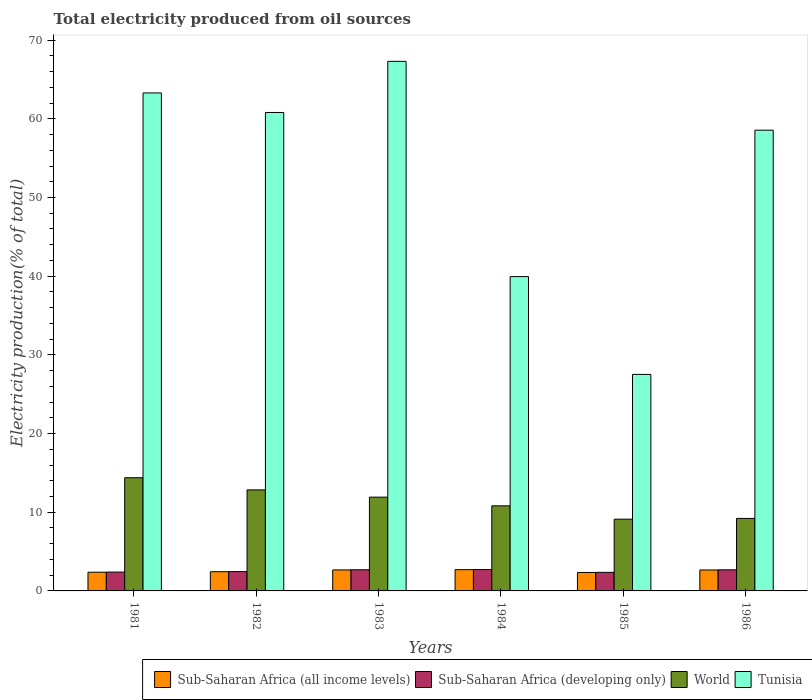
| Years | Sub-Saharan Africa (all income levels) | Sub-Saharan Africa (developing only) | World | Tunisia |
 | --- | --- | --- | --- | --- |
 | 1981 | 2.38 | 2.39 | 14.4 | 63.3 |
 | 1982 | 2.44 | 2.46 | 12.8 | 60.8 |
 | 1983 | 2.67 | 2.69 | 11.9 | 67.3 |
 | 1984 | 2.7 | 2.72 | 10.8 | 39.9 |
 | 1985 | 2.35 | 2.36 | 9.12 | 27.5 |
 | 1986 | 2.66 | 2.68 | 9.21 | 58.6 |